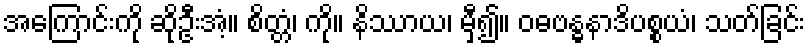
အကြောင်းကို ဆိုဦးအံ့။ စိတ္တံ၊ ကို။ နိဿာယ၊ မှီ၍။ ဝဓဗန္ဓနာဒိပစ္စယံ၊ သတ်ခြင်း